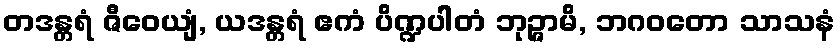
တဒန္တရံ ဇီဝေယျံ, ယဒန္တရံ ဧကံ ပိဏ္ဍပါတံ ဘုဉ္ဇာမိ, ဘဂဝတော သာသနံ